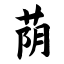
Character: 荫